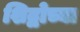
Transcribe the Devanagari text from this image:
शिद्वोच्या